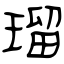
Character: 瑠